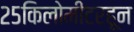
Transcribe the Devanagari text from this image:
२५किलोमीटरहून